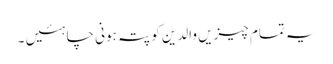
یہ تمام چیزیں والدین کو پتہ ہونی چاہئیں ۔